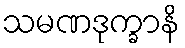
သမဏဒုက္ခာနိ